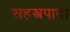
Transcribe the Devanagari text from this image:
सहस्त्रपादा